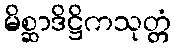
မိစ္ဆာဒိဋ္ဌိကသုတ္တံ